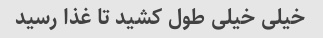
خیلی خیلی طول کشید تا غذا رسید